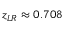
z _ { L R } \approx 0 . 7 0 8